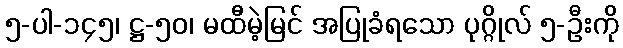
၅-ပါ-၁၄၅၊ ဋ္ဌ-၅၀၊ မထီမဲ့မြင် အပြုခံရသော ပုဂ္ဂိုလ် ၅-ဦးကို